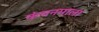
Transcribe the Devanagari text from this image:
कंचनमाला